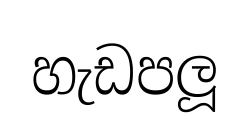
හැඩපලූ